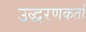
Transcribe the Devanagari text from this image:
उद्धरणकर्ता